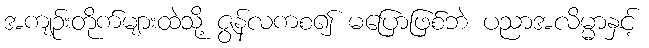
အကျဉ်းတိုက်များထဲသို့ ဇွန်လကစ၍ မပြောဖြစ်ဘဲ ပညာအလိမ္မာနှင့်